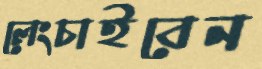
লেংচাইবেন